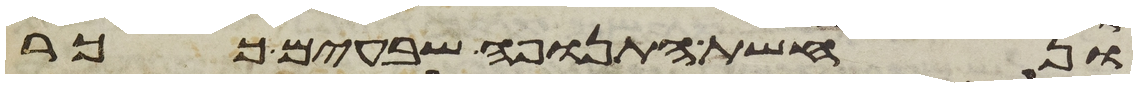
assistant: ונחשת התנופה שבעים ככר